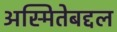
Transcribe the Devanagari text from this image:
अस्मितेबद्दल